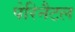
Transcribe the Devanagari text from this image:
पेरिनैटल